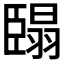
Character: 𮍓